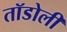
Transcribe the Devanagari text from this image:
तॉडोली